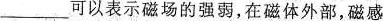
___可以表示磁场的强弱，在磁体外部，磁感